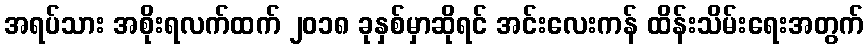
အရပ်သား အစိုးရလက်ထက် ၂၀၁၈ ခုနှစ်မှာဆိုရင် အင်းလေးကန် ထိန်းသိမ်းရေးအတွက်